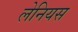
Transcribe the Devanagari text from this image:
लेनियस